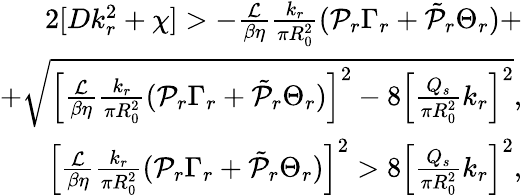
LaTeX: \begin{array}{r}{2[Dk_{r}^{2}+\chi]>-\frac{\mathcal{L}}{\beta\eta}\frac{k_{r}}{\pi R_{0}^{2}}(\mathcal{P}_{r}\Gamma_{r}+\tilde{\mathcal{P}}_{r}\Theta_{r})+}\\ {+\sqrt{\left[\frac{\mathcal{L}}{\beta\eta}\frac{k_{r}}{\pi R_{0}^{2}}(\mathcal{P}_{r}\Gamma_{r}+\tilde{\mathcal{P}}_{r}\Theta_{r})\right]^{2}-8\left[\frac{Q_{s}}{\pi R_{0}^{2}}k_{r}\right]^{2}},}\\ {\left[\frac{\mathcal{L}}{\beta\eta}\frac{k_{r}}{\pi R_{0}^{2}}(\mathcal{P}_{r}\Gamma_{r}+\tilde{\mathcal{P}}_{r}\Theta_{r})\right]^{2}>8\left[\frac{Q_{s}}{\pi R_{0}^{2}}k_{r}\right]^{2},}\end{array}